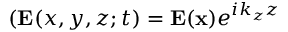
( \mathbf { E } ( x , y , z ; t ) = \mathbf { E } ( \mathbf { x } ) e ^ { i k _ { z } z }